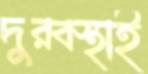
দুরবস্থাই